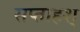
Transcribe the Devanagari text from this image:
सप्ताहश्